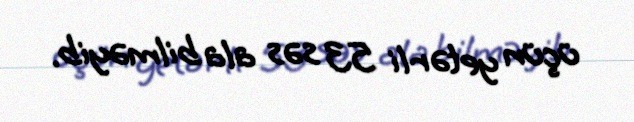
üçün yetərli 53 səs ala bilməyib.